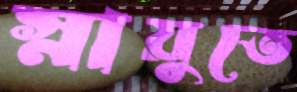
স্নায়ুতে